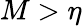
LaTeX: M>\eta